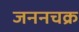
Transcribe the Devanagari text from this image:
जननचक्र